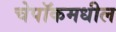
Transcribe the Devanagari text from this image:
चेपॉकमधील